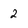
Character: 2